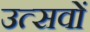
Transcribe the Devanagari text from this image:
उत्‍सवों